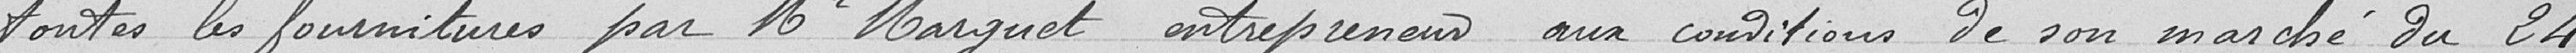
toutes les fournitures par Monsieur NARGUET, entrepreneur, aux conditions de son marché du 24